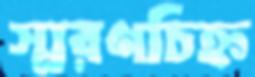
স্মরণচিহ্ন